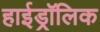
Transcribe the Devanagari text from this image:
हाईड्रॉलिक